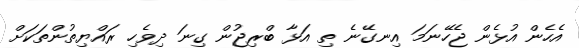
އެހެން އުޅެން ޖެހޭނަމަ އިނގޭނެ ތި އަޅާ ބްރިޖުން ގިނަ ދިވެހި ރައްޔިތުންތަކަށް